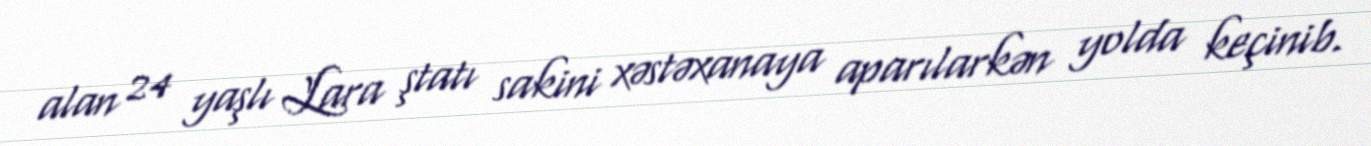
alan 24 yaşlı Lara ştatı sakini xəstəxanaya aparılarkən yolda keçinib.